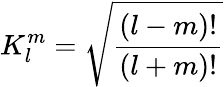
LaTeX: K_{l}^{m}=\sqrt{\frac{(l-m)!}{(l+m)!}}